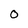
Character: O